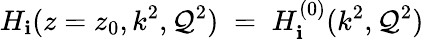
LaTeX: H_{\mathbf{i}}(z=z_{0},k^{2},\mathcal{Q}^{2})\; =\; H_{\mathbf{i}}^{(0)}(k^{2},\mathcal{Q}^{2})